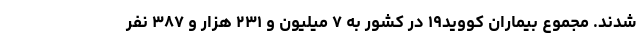
شدند. مجموع بیماران کووید۱۹ در کشور به ۷ میلیون و ۲۳۱ هزار و ۳۸۷ نفر